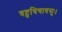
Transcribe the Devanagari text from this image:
वष्टुधियावसुः।